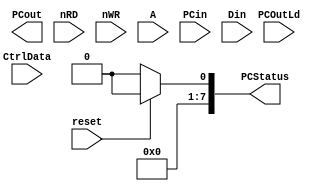
module PCIO(
	output[7:0] PCout,
    output[7:0] PCStatus,
	input reset,
	input nRD,
	input nWR,
	input[1:0] A,
	input[7:0] PCin,
	input[7:0] Din,
    input[6:0] CtrlData,
    input[7:0] PCOutLd
    );
    
    assign PCRS = CtrlData[6];
    assign Flag = CtrlData[5];
    assign ModeA = CtrlData[4:3];
    assign ModeB = CtrlData[2];
    assign PAIO = CtrlData[1];
    assign PBIO = CtrlData[0];
    
    assign nSTBA = PCIn[4];
    assign nSTBB = PCIn[2];
    assign nACKA = PCIn[6];
    assign nACKB = PCIn[2];
    
    always @(reset or Flag or PCoutLd or PCOutD)  //PCOut
        if(reset)
            PCOut = 8'b00000000;  //复位清0
        else
            if(Flag==1'b0)  //置位/复位操作
                case(PCOutLd)
                    8'b11111110: PCOut = {PCOut[7:1],PCRS};
                    8'b11111101: PCOut = {PCOut[7:2],PCRS,PCOut[0]};
                    8'b11111011: PCOut = {PCOut[7:3],PCRS,PCOut[1:0]};
                    8'b11110111: PCOut = {PCOut[7:4],PCRS,PCOut[2:0]};
                    8'b11101111: PCOut = {PCOut[7:5],PCRS,PCOut[3:0]};
                    8'b11011111: PCOut = {PCOut[7:6],PCRS,PCOut[4:0]};
                    8'b10111111: PCOut = {PCOut[7],PCRS,PCOut[5:0]};
                    8'b01111111: PCOut = {PCRS,PCOut[6:0]};
                    default: PCOut = 8'b11111111;
                 endcase
             else
                PCOut = PCOutD;
     
     
     //高位到低位依次处理C口输出数据   
     always @(reset or PCOutLd[7] or nOBFA or Din[7])  //PCOutD[7]
         if(PCOutLd[7]==1'b0)
            PCOutD[7] = Din[7];
         else
            PCOutD[7] = nOBFA;
            
     always @(reset or PCOutLd[6] or Din[6])  //PCOutD[6]
         if(PCOutLd[6]==1'b0)
            PCOutD[6] = Din[6];
         else
            PCOutD[6] = PCOut[6];
 /*           
     always @(reset or PCOutLd[7] or nOBFA or Din[7])  //PCOutD[7]
         if(PCOutLd[7]==1'b0)
            PCOutD[7] = Din[7];
         else
            PCOutD[7] = nOBFA;
            
     always @(reset or PCOutLd[7] or nOBFA or Din[7])  //PCOutD[7]
         if(PCOutLd[7]==1'b0)
            PCOutD[7] = Din[7];
         else
            PCOutD[7] = nOBFA;
            
     always @(reset or PCOutLd[7] or nOBFA or Din[7])  //PCOutD[7]
         if(PCOutLd[7]==1'b0)
            PCOutD[7] = Din[7];
         else
            PCOutD[7] = nOBFA;
            
     always @(reset or PCOutLd[7] or nOBFA or Din[7])  //PCOutD[7]
         if(PCOutLd[7]==1'b0)
            PCOutD[7] = Din[7];
         else
            PCOutD[7] = nOBFA;
            
     always @(reset or PCOutLd[7] or nOBFA or Din[7])  //PCOutD[7]
         if(PCOutLd[7]==1'b0)
            PCOutD[7] = Din[7];
         else
            PCOutD[7] = nOBFA;
            
     always @(reset or PCOutLd[7] or nOBFA or Din[7])  //PCOutD[7]
         if(PCOutLd[7]==1'b0)
            PCOutD[7] = Din[7];
         else
            PCOutD[7] = nOBFA;
*/

     always @(reset or PCStatusBuf)  //PCStatus
        if(reset)
            PCStatus = 8'b00000000;
        else
            PCStatus = PCStatusBuf;
     
     
     //从高位到低位依次处理口C状态字PCStatus 
     always @(PCOutLd[7] or PCIn[7] or ModeA or PAIO or PCOut[7])  //PCStatusBuf[7]
        if(PCOutLd[7]==1'b0)
            PCStatusBuf[7] = PCIn[7];
        else if(ModeA==2'b01 && PAIO==1'b0)
            PCStatusBuf[7] = PCIn[7];
        else if((ModeA==2'b01 && PAIO==1'b1) || ModeA==2'b10)
            PCStatusBuf[7] = PCOut[7];
        else
            PCStatusBuf[7] = PCStatus[7];
            
      always @(PCOutLd[6] or PCIn[6] or ModeA or PAIO or PCOut[6])  //PCStatusBuf[6]
        if(PCOutLd[6]==1'b0)
            PCStatusBuf[6] = PCIn[6];
        else if(ModeA==2'b01 && PAIO==1'b0)
            PCStatusBuf[6] = PCIn[6];
        else if((ModeA==2'b01 && PAIO==1'b1) || ModeA==2'b10)
            PCStatusBuf[6] = PCOut[6];
        else
            PCStatusBuf[6] = PCStatus[6];
            
      always @(PCOutLd[5] or PCIn[5] or ModeA or PAIO or PCOut[5])  //PCStatusBuf[5]
        if(PCOutLd[5]==1'b0)
            PCStatusBuf[5] = PCIn[5];
        else if(ModeA==2'b01 && PAIO==1'b0)
            PCStatusBuf[5] = PCIn[5];
        else if((ModeA==2'b01 && PAIO==1'b1) || ModeA==2'b10)
            PCStatusBuf[5] = PCOut[5];
        else
            PCStatusBuf[5] = PCStatus[5];
            
      always @(PCOutLd[4] or PCIn[4] or ModeA or PAIO or PCOut[4])  //PCStatusBuf[4]
        if(PCOutLd[4]==1'b0)
            PCStatusBuf[4] = PCIn[4];
        else if(ModeA==2'b01 && PAIO==1'b0)
            PCStatusBuf[4] = PCIn[4];
        else if((ModeA==2'b01 && PAIO==1'b1) || ModeA==2'b10)
            PCStatusBuf[4] = PCOut[4];
        else
            PCStatusBuf[4] = PCStatus[4];
            
      always @(PCOutLd[3] or PCIn[3] or ModeA or PAIO or PCOut[3])  //PCStatusBuf[3]
        if(PCOutLd[3]==1'b0)
            PCStatusBuf[3] = PCIn[3];
        else if(ModeA==2'b01 && PAIO==1'b0)
            PCStatusBuf[3] = PCIn[3];
        else if((ModeA==2'b01 && PAIO==1'b1) || ModeA==2'b10)
            PCStatusBuf[3] = PCOut[3];
        else
            PCStatusBuf[3] = PCStatus[3];
            
      always @(PCOutLd[2] or PCIn[2] or ModeA or PAIO or PCOut[2])  //PCStatusBuf[2]
        if(PCOutLd[2]==1'b0)
            PCStatusBuf[2] = PCIn[2];
        else if(ModeA==2'b01 && PAIO==1'b0)
            PCStatusBuf[2] = PCIn[2];
        else if((ModeA==2'b01 && PAIO==1'b1) || ModeA==2'b10)
            PCStatusBuf[2] = PCOut[2];
        else
            PCStatusBuf[2] = PCStatus[2];
            
      always @(PCOutLd[1] or PCIn[1] or ModeA or PAIO or PCOut[1])  //PCStatusBuf[1]
        if(PCOutLd[1]==1'b0)
            PCStatusBuf[1] = PCIn[1];
        else if(ModeA==2'b01 && PAIO==1'b0)
            PCStatusBuf[1] = PCIn[1];
        else if((ModeA==2'b01 && PAIO==1'b1) || ModeA==2'b10)
            PCStatusBuf[1] = PCOut[1];
        else
            PCStatusBuf[1] = PCStatus[1];
            
      always @(PCOutLd[0] or PCIn[0] or ModeA or PAIO or PCOut[0])  //PCStatusBuf[0]
        if(PCOutLd[0]==1'b0)
            PCStatusBuf[0] = PCIn[0];
        else if(ModeA==2'b01 && PAIO==1'b0)
            PCStatusBuf[0] = PCIn[0];
        else if((ModeA==2'b01 && PAIO==1'b1) || ModeA==2'b10)
            PCStatusBuf[0] = PCOut[0];
        else
            PCStatusBuf[0] = PCStatus[0];

      always @(reset or ModeA or PAIO or nSTBA or nRD)  //IBFA:由nSTBA信号置位，由nRD上升沿复位
        if(reset)
            IBFAstate = 2'd0;
        else
            case(IBFAstate)
                2'd0: if(ModeA!=2'b00 && PAIO==1'b0 && nSTBA==1'b0)
                        IBFAstate = 2'd1;
                      else
                        IBFAstate = 2'd0;
                2'd1: if(nRD==1'b0 && A==2'b00)
                        IBFAstate = 2'd2;
                      else 
                        IBFAstate = 2'd1;
                2'd2: if(nRD==1'b1)
                        IBFAstate = 2'd0;
                      else 
                        IBFAstate = 2'd2;
                default: IBFAstate = 2'd0;
             endcase
             
             
        always @(IBFAstate)
            if(IBFAstate==2'd1 || IBFAstate==2'd2)
                IBFA = 1'b1;
            else
                IBFA = 1'b0;
endmodule